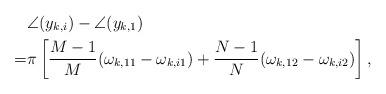
LaTeX: \begin{align*}&\angle({y_{k,i}})-\angle({y_{k,1}})\\=& \pi \left[ {\frac{M - 1}{M}(\omega_{k,11}-\omega_{k,i1}) + \frac{N - 1}{N}{(\omega_{k,12}-\omega_{k,i2})}} \right],\end{align*}